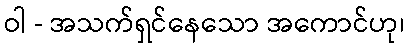
ဝါ - အသက်ရှင်နေသော အကောင်ဟု၊